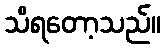
သိရတော့သည်။